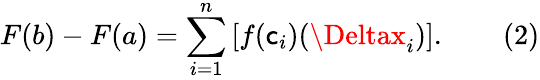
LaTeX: F(b)-F(a)=\sum_{i=1}^{n}\, [f(\mathsf{c}_{i})(\Deltax_{i})].\qquad(2)